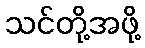
သင်တို့အဖို့